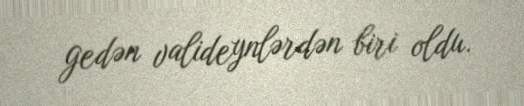
gedən valideynlərdən biri oldu.